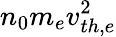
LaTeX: n_{0}m_{e}v_{th,e}^{2}